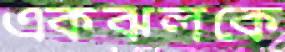
একঝলকে